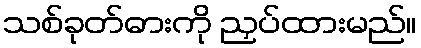
သစ်ခုတ်ဓားကို ညှပ်ထားမည်။